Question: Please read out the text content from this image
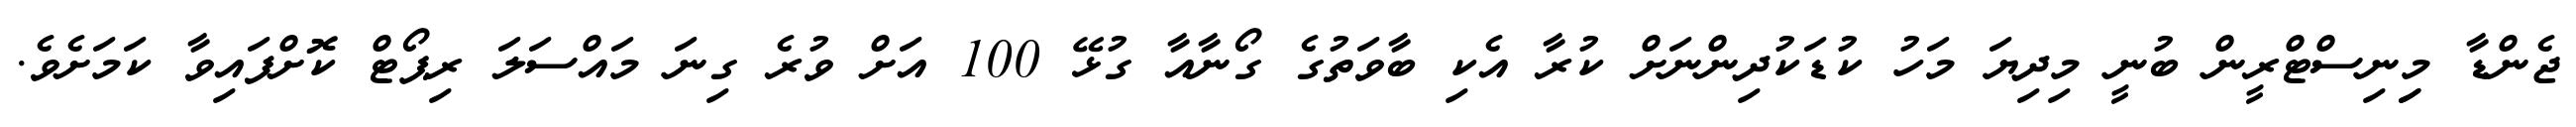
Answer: ޖެންޑާ މިިނިސްޓްރީން ބުނީ މިދިޔަ މަހު ކުޑަކުދިންނަށް ކުރާ އެކި ބާވަތުގެ ގޯނާއާ ގުޅޭ 100 އަށް ވުރެ ގިނަ މައްސަލަ ރިޕޯޓް ކޮށްފައިވާ ކަމަށެވެ.